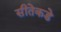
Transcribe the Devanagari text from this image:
सीतेकडे